Annual report of the Civil Veterinary Department, Bengal, for the year 1897-98 - 1897-1898
Year: 1897
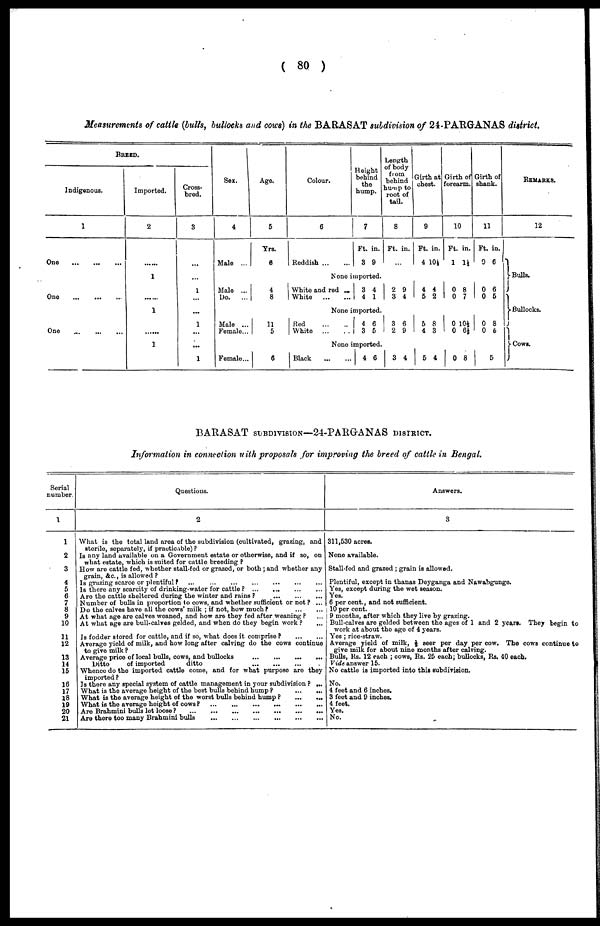
( 80 )
Measurements of cattle (bulls, bullocks and cows) in the BARASAT subdivision of 24.PARGANAS district.
BREED.
Indigenous.
1
One
...
...
...
One
...
...
...
One ... ... ...
Imported.
2
.....
1
.....
1
.....
1
Cross-
brod.
3
...
1
...
1
...
...
1
Sex.
4
Male ...
Male ...
Do.
...
Male ...
Female ...
Female...
Age.
5
Yrs.
6
4
8
11
5
6
Colour.
6
Reddish ... ...
Height
behind
the
hump.
7
Ft.
3
in.
9
None imported.
White and red ...
White
...
...
3
4
4
1
None imported.
Red
...
...
White
...
...
4
3
6
5
None imported.
| Black
...
...
4 6
Length
of body
from
behind
hump
root of
tail.
8
Ft.
| 2
3
3
2
3 4
in.
9
4
6
9
Girth at
chest.
9
Ft.
4
4
5
5
4
5
in.
10 ½
4
2
8
3
4
Girth of
forearm.
10
Ft.
1
0
0
0 1
0
0
in.
1½
8
7
0½
6J
8
Girth of
shannk.
11
Ft.
0
0
0
0
0
5
in.
6
6
5
8
5
REMARKS.
12
Bulls.
1
Bullocks.
1
Cows.
J
BARASAT SUBDIVISION—24-PAKGANAS DISTRICT.
Information in connection with proposals for improving the breed of cattle in Bengal.
Serial
number
1
1
2
3
4
5
6
7
8
9
10
11
12
13
14
15
16
17
18
19
20
21
Questions.
2
What is the total land area of the subdivision (cultivated, grazing, and
sterilo, separately, if practicable) ?
Is any land available on a Government estate or otherwise, and if so, on
what estate, which is suited for cattle breeding ?
How are cattle fed, whether stall-fed or grazed, or both ; and whether any
grain, &c, is allowed ?
Is grazing scarce or plentiful
?...
...
...
...
...
...
...
Is there any scarcity of drinking-water for cattle ?
...
...
...
...
Are the cattle sheltered during the winter and rains ?
...
...
...
Number of bulls in proportion to cows, and whether sufficient or not ? ...
Do the calves have all the cows' milk ; if not, how much ? ... ...
At what ago are calves weaned, and how are they fed after weaning ? ...
At what age are bull-calves gelded, and when do they begin work ? ...
Is fodder stored for cattle, and if so, what does it comprise ?
...
...
Average yield of milk, and how long after calving do the cows continue
to give milk ?
Average price of local bulls, cows, and bullocks
...
...
...
...
Ditto
of imported
ditto
...
...
...
...
Whence do the imported cattle come, and for what purpose are they
imported ?
Is there any special system of cattle management in your subdivision ? ...
What is the average height of the best bulls behind hump ?
...
...
What is the average height of the worst bulls behind hump
?...
...
What is the average height of cows ?
...
...
...
...
...
...
Are Brahmini bulls lot loose ?
...
...
...
...
...
...
...
Are there too many Brahmini bulls
...
...
...
...
...
...
Answers.
3
311,530 acres.
None available.
Stall-fed and grazed ; grain is allowed.
Plentiful, except in thanas Deyganga and Nawabgunge.
Yes, except during the wet season.
Yes.
6 per cent., and not sufficient.
10 per cent.
9 months, after which they live by grazing.
Bull-calves are gelded between the ages of 1 and 2 years. They begin to
work at about the age of 4 years.
Yes ; rice-straw.
Average yield of milk, ½ seer per day per cow. The cows continue to
give milk for about nine months after calving.
Bulls, Rs. 12 each ; cows, Rs. 25 each; bullocks, Rs. 40 each.
Vide answer 15.
No cattle is imported into this subdivision.
No.
4 feet and 6 inches.
3 feet and 9 inches.
4 feet.
Yes.
No.